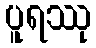
ပူရဿု